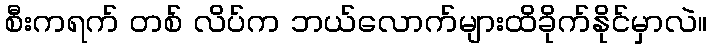
စီးကရက် တစ် လိပ်က ဘယ်လောက်များထိခိုက်နိုင်မှာလဲ။